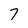
Character: 7